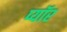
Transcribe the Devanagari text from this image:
प्यॉर